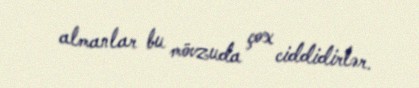
almanlar bu mövzuda çox ciddidirlər.